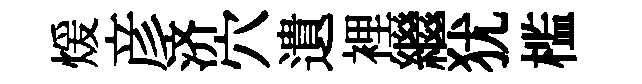
煖彦济穴遺裡繼犹槛